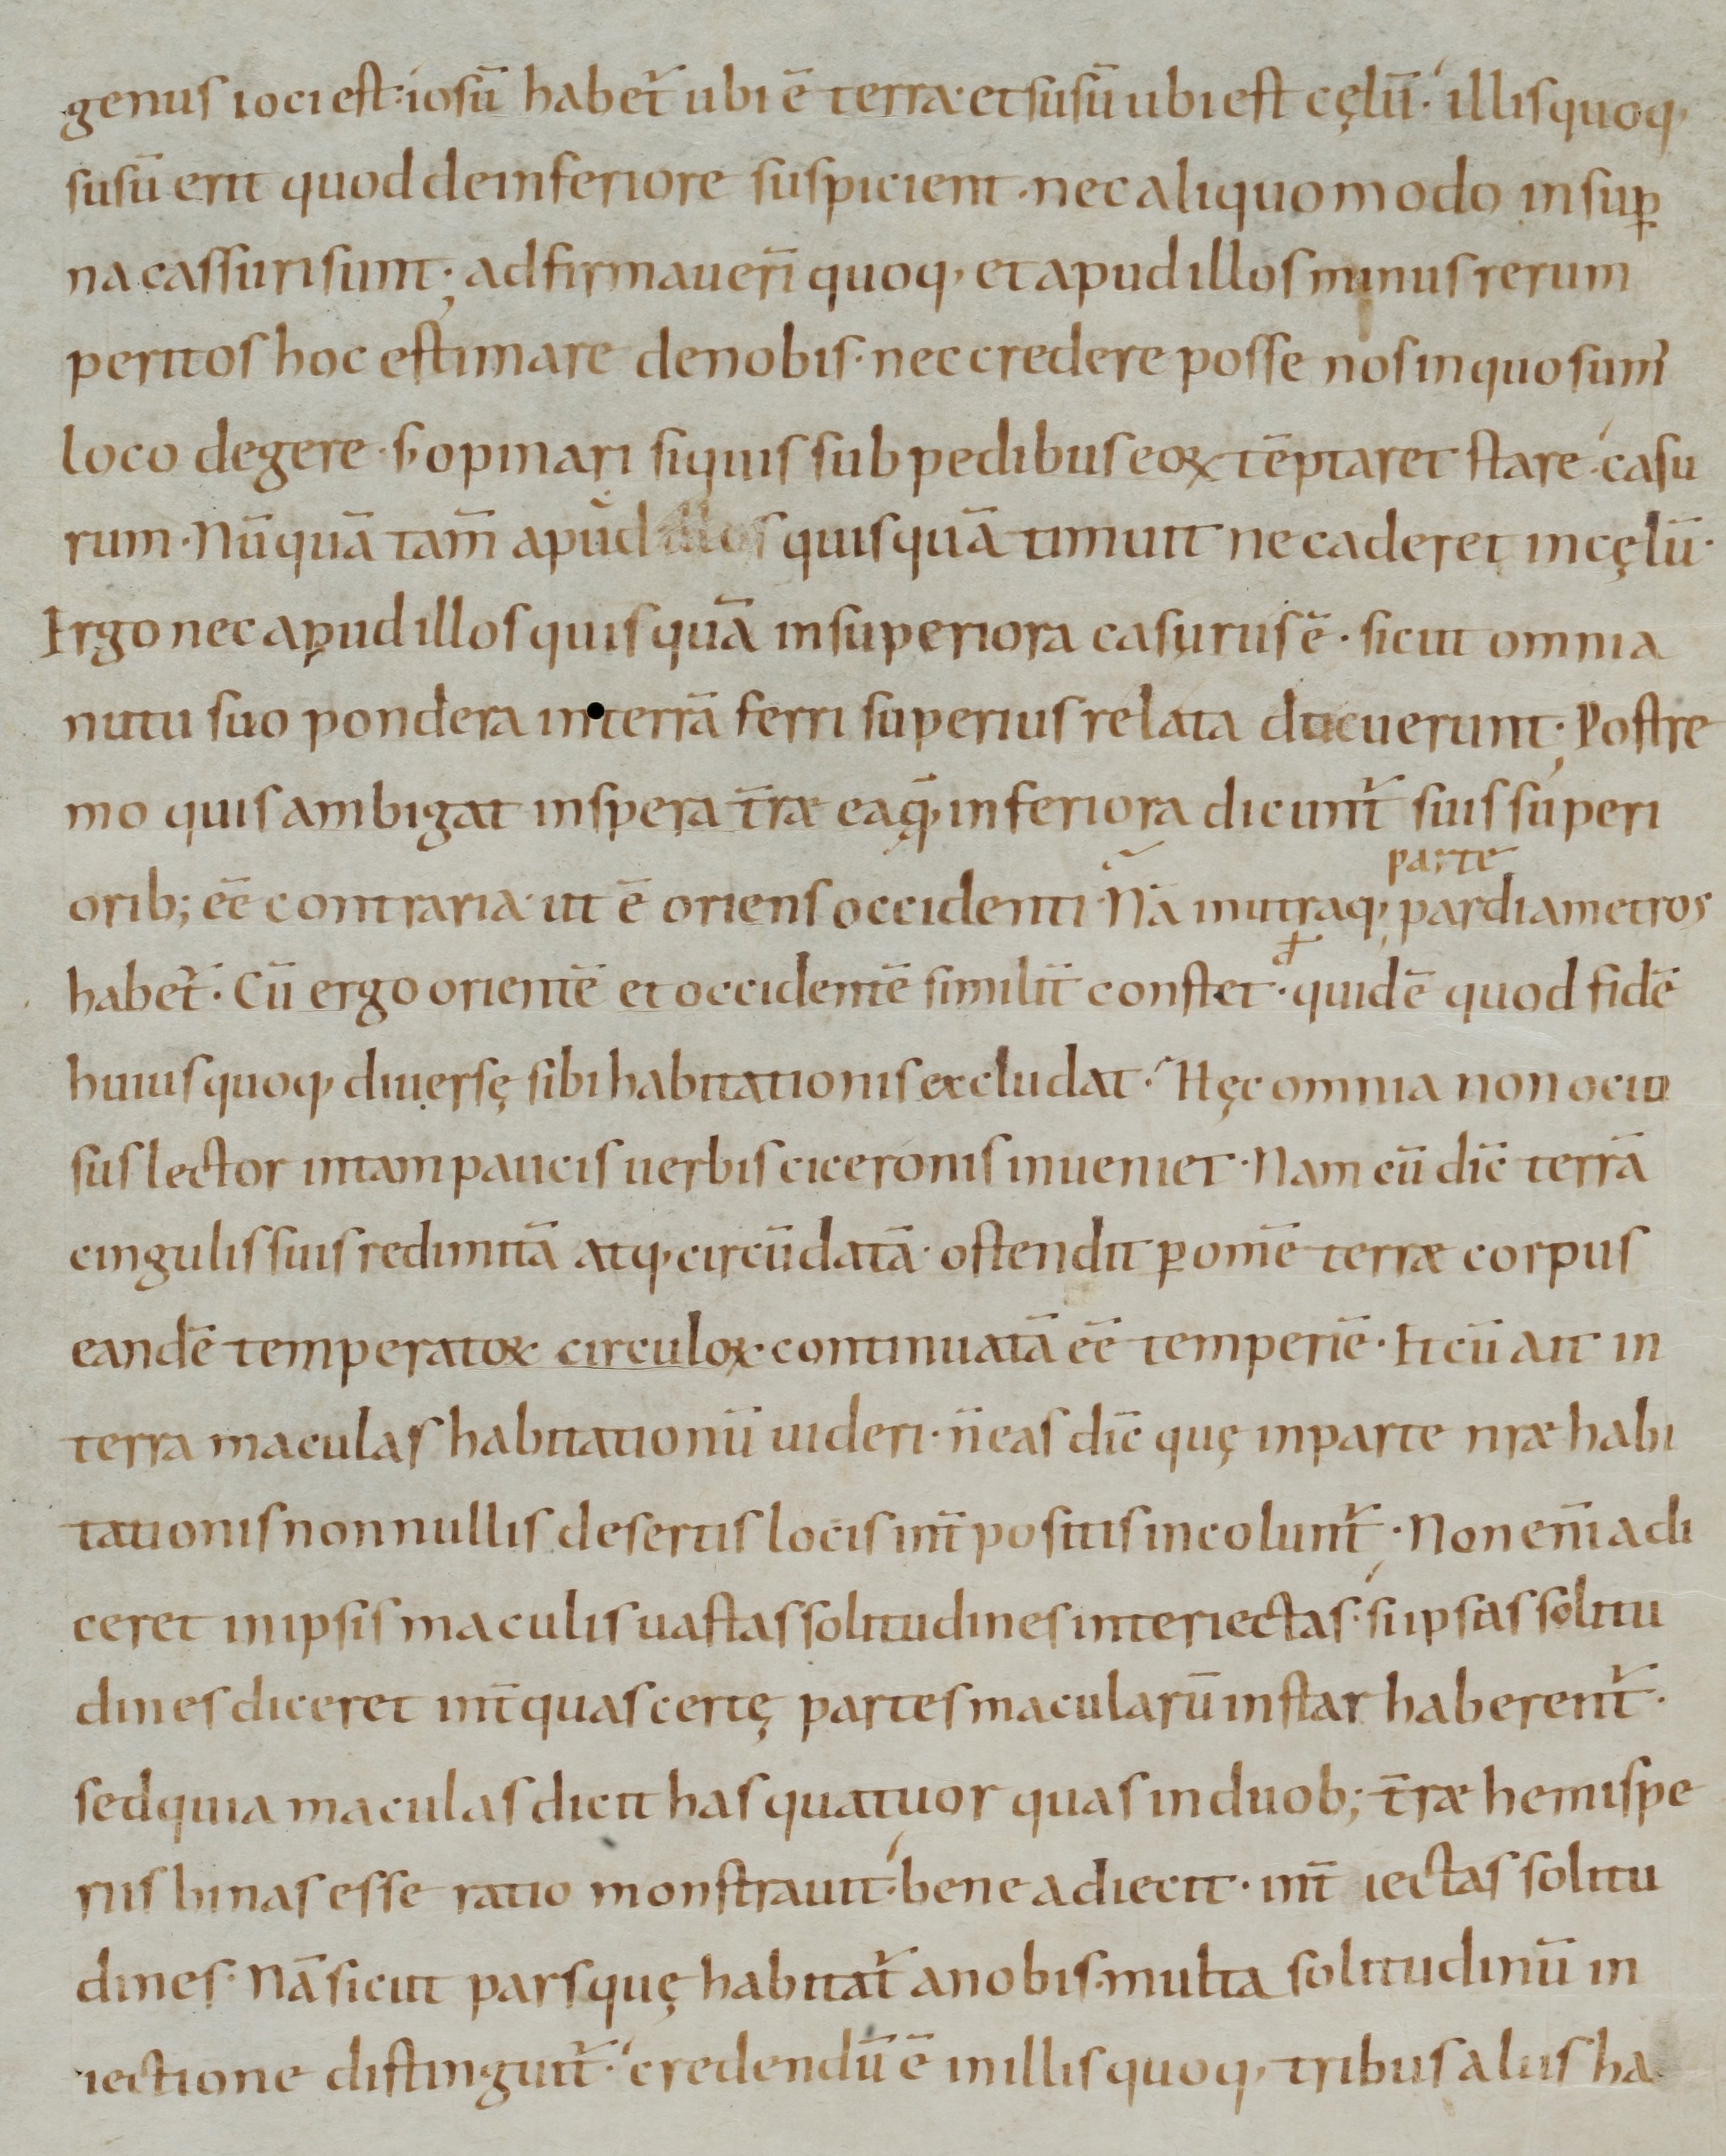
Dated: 965–975